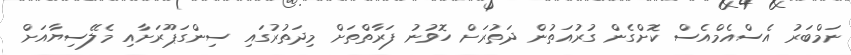
ނަމްބަރު އެސްއެމްއެސް ކޮށްގެން ގުރުއަތުން ދަތުރަށް ހޮވުނު ފަރާތްތަށް މިދަތުރުގައި ސިންގަޕޫރަށާއި މެލޭސިޔާއަށް